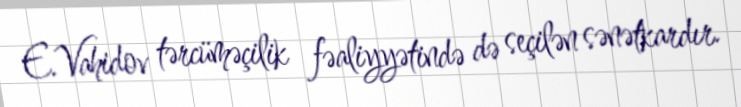
E.Vahidov tərcüməçilik fəaliyyətində də seçilən sənətkardır.